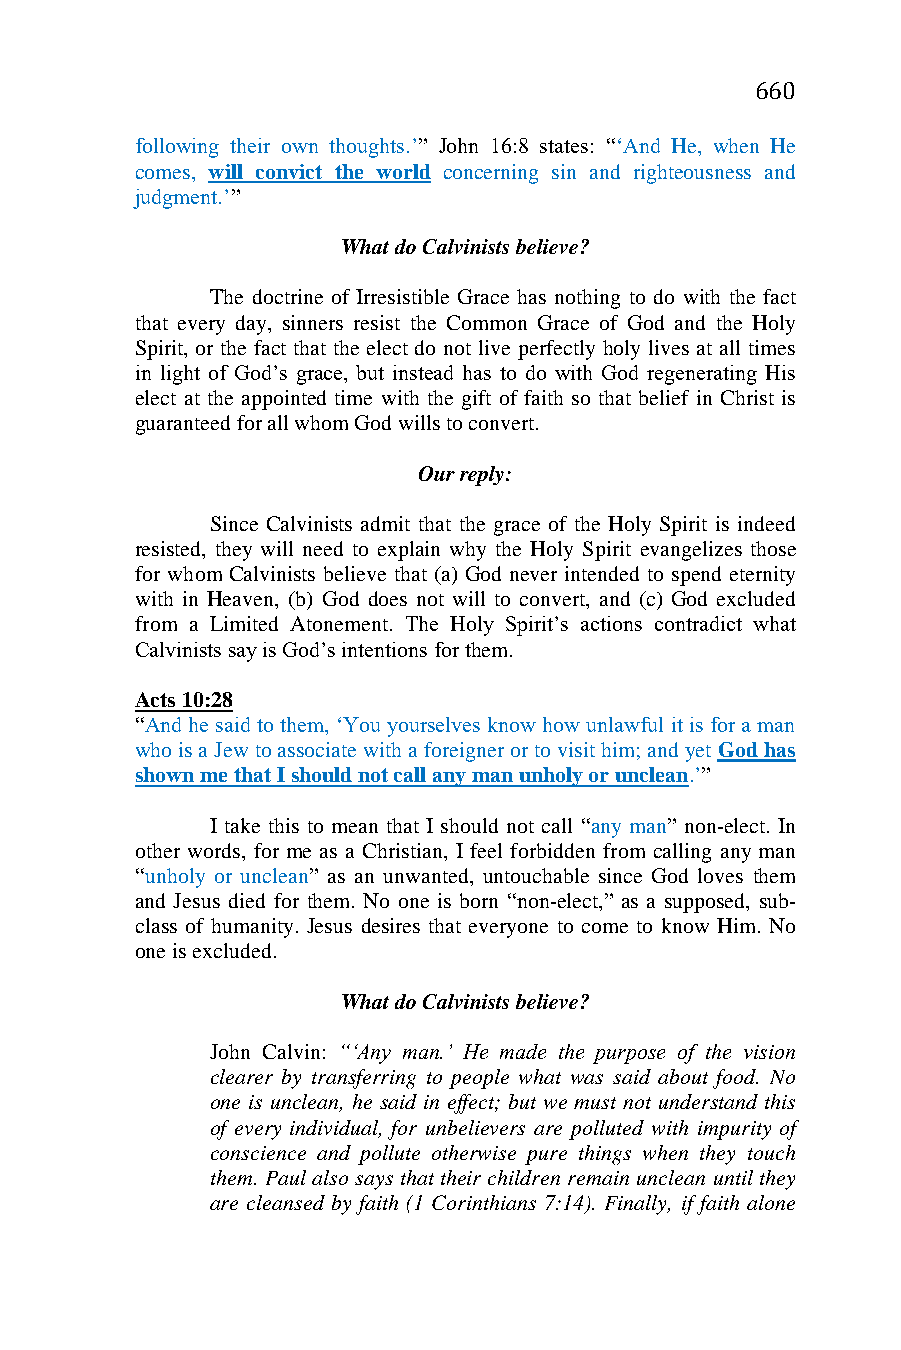
660
 following their own thoughts.’” John 16:8 states: “‘And He, when He
 comes, will convict the world concerning sin and righteousness and
 judgment.’”
 What do Calvinists believe?
 The doctrine of Irresistible Grace has nothing to do with the fact
 that every day, sinners resist the Common Grace of God and the Holy
 Spirit, or the fact that the elect do not live perfectly holy lives at all times
 in light of God’s grace, but instead has to do with God regenerating His
 elect at the appointed time with the gift of faith so that belief in Christ is
 guaranteed for all whom God wills to convert.
 Our reply:
 Since Calvinists admit that the grace of the Holy Spirit is indeed
 resisted, they will need to explain why the Holy Spirit evangelizes those
 for whom Calvinists believe that (a) God never intended to spend eternity
 with in Heaven, (b) God does not will to convert, and (c) God excluded
 from a Limited Atonement. The Holy Spirit’s actions contradict what
 Calvinists say is God’s intentions for them.
 Acts 10:28
 “And he said to them, ‘You yourselves know how unlawful it is for a man
 who is a Jew to associate with a foreigner or to visit him; and yet God has
 shown me that I should not call any man unholy or unclean.’”
 I take this to mean that I should not call “any man” non-elect. In
 other words, for me as a Christian, I feel forbidden from calling any man
 “unholy or unclean” as an unwanted, untouchable since God loves them
 and Jesus died for them. No one is born “non-elect,” as a supposed, sub-
 class of humanity. Jesus desires that everyone to come to know Him. No
 one is excluded.
 What do Calvinists believe?
 John Calvin: “‘Any man.’ He made the purpose of the vision
 clearer by transferring to people what was said about food. No
 one is unclean, he said in effect; but we must not understand this
 of every individual, for unbelievers are polluted with impurity of
 conscience and pollute otherwise pure things when they touch
 them. Paul also says that their children remain unclean until they
 are cleansed by faith (1 Corinthians 7:14). Finally, if faith alone